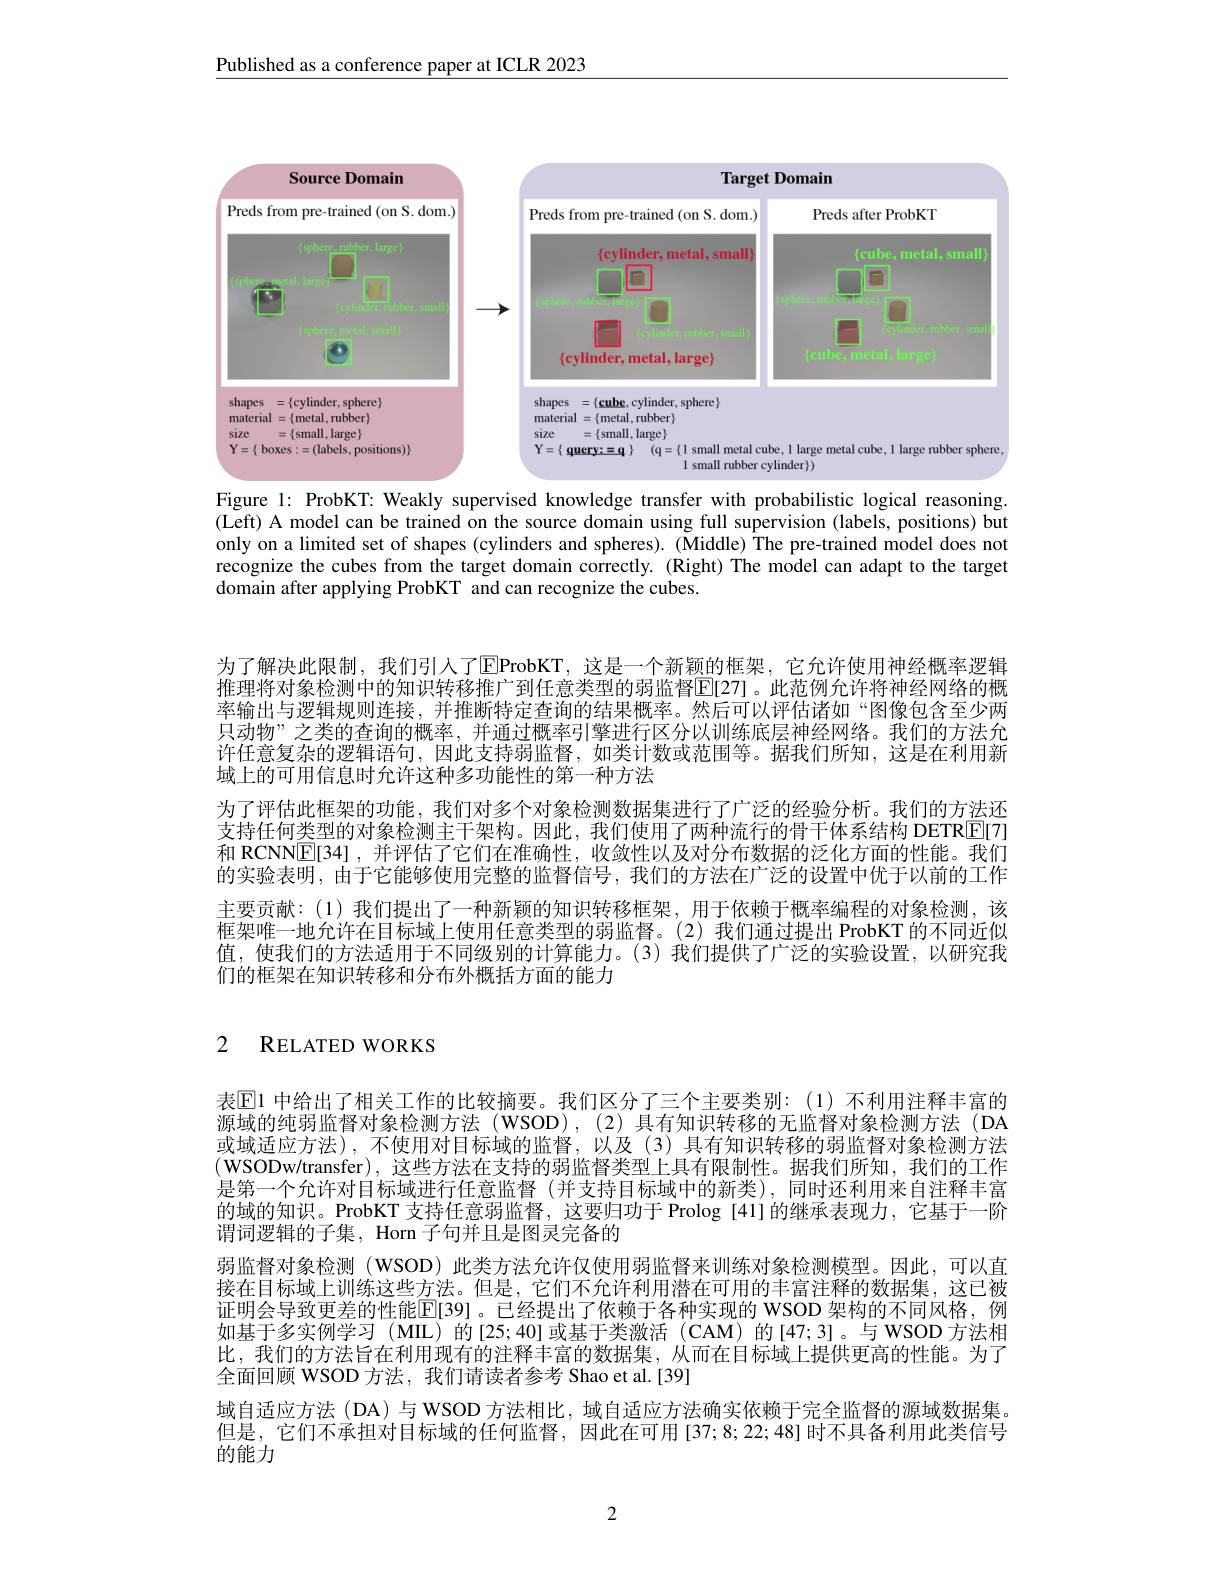
Published as a conference paper at ICLR 2023

<FigureHere>
Figure 1: ProbKT: Weakly supervised knowledge transfer with probabilistic logical reasoning.

(Left) A model can be trained on the source domain using full supervision (labels, positions) but only on a limited set of shapes (cylinders and spheres). (Middle) The pre-trained model does not recognize the cubes from the target domain correctly. (Right) The model can adapt to the target domain after applying ProbKT and can recognize the cubes.

为了解决此限制，我们引人了$\overline{\mathrm{E}}$ProbKT,这是一个新颖的框架，它允许使用神经概率逻辑推理将对象检测中的知识转移推广到任意类型的弱监督E[27]。此范例允许将神经网络的概率输出与逻辑规则连接，并推断特定查询的结果概率。然后可以评估诸如“图像包含至少两只动物”之类的查询的概率，并通过概率引擎进行区分以训练底层神经网络。我们的方法允许任意复杂的逻辑语句，因此支持弱监督，如类计数或范围等。据我们所知，这是在利用新域上的可用信息时允许这种多功能性的第一种方法
为了评估此框架的功能，我们对多个对象检测数据集进行了广泛的经验分析。我们的方法还支持任何类型的对象检测主干架构。因此，我们使用了两种流行的骨干体系结构 DETR[E[7] 和 RCNN$\boxed{\mathrm{E}}[34]$ ,并评估了它们在准确性，收敛性以及对分布数据的泛化方面的性能。我们的实验表明，由于它能够使用完整的监督信号，我们的方法在广泛的设置中优于以前的工作主要贡献：(1)我们提出了一种新颖的知识转移框架，用于依赖于概率编程的对象检测，该框架唯一地允许在目标域上使用任意类型的弱监督。(2)我们通过提出 ProbKT 的不同近似值，使我们的方法适用于不同级别的计算能力。(3)我们提供了广泛的实验设置，以研究我们的框架在知识转移和分布外概括方面的能力

### 2 RELATED WORKS

表$\mathbb{E}$1 中给出了相关工作的比较摘要。我们区分了三个主要类别：(1)不利用注释丰富的源域的纯弱监督对象检测方法(WSOD),(2)具有知识转移的无监督对象检测方法(DA 或域适应方法),不使用对目标域的监督，以及(3)具有知识转移的弱监督对象检测方法(WSODw/transfer),这些方法在支持的弱监督类型上具有限制性。据我们所知，我们的工作是第一个允许对目标域进行任意监督(并支持目标域中的新类),同时还利用来自注释丰富的域的知识。ProbKT 支持任意弱监督，这要归功于 Prolog [41]的继承表现力，它基于一阶谓词逻辑的子集，Horn 子句并且是图灵完备的
弱监督对象检测 (WSOD) 此类方法允许仅使用弱监督来训练对象检测模型。因此，可以直接在目标域上训练这些方法。但是，它们不允许利用潜在可用的丰富注释的数据集，这已被证明会导致更差的性能$\mathbb{E}[39]$。已经提出了依赖于各种实现的 WSOD 架构的不同风格，例如基于多实例学习 (MIL)的[25;40]或基于类激活 (CAM)的[47;3]。与 WSOD 方法相比，我们的方法旨在利用现有的注释丰富的数据集，从而在目标域上提供更高的性能。为了全面回顾 WSOD 方法，我们请读者参考 Shao et al.[39]
域自适应方法 (DA)与 WSOD 方法相比，域自适应方法确实依赖于完全监督的源域数据集。但是，它们不承担对目标域的任何监督，因此在可用[37;8;22;48]时不具备利用此类信号的能力

2